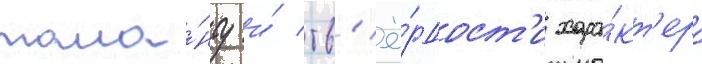
тала́нту и́ тв'ё́рдост'и хара́кт'ера